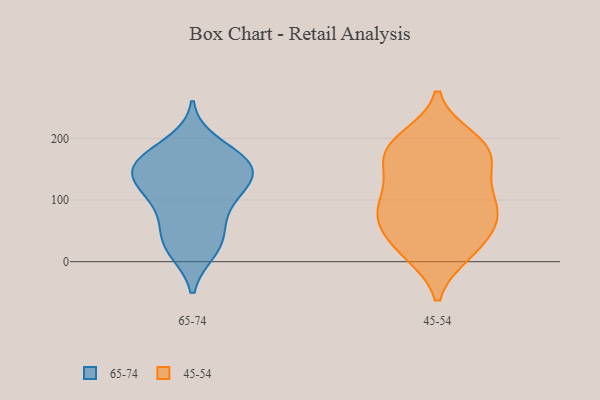
{"axis": {"x": "Churn Rate (%)", "y": "Value"}, "legend": ["45-54", "65-74"], "data": [{"x": "", "y": 18, "type": "65-74"}, {"x": "", "y": 160, "type": "65-74"}, {"x": "", "y": 43, "type": "65-74"}, {"x": "", "y": 126, "type": "65-74"}, {"x": "", "y": 99, "type": "65-74"}, {"x": "", "y": 165, "type": "65-74"}, {"x": "", "y": 156, "type": "65-74"}, {"x": "", "y": 142, "type": "65-74"}, {"x": "", "y": 114, "type": "65-74"}, {"x": "", "y": 165, "type": "65-74"}, {"x": "", "y": 79, "type": "65-74"}, {"x": "", "y": 192, "type": "65-74"}, {"x": "", "y": 124, "type": "65-74"}, {"x": "", "y": 18, "type": "65-74"}, {"x": "", "y": 154, "type": "65-74"}, {"x": "", "y": 47, "type": "65-74"}, {"x": "", "y": 82, "type": "45-54"}, {"x": "", "y": 14, "type": "45-54"}, {"x": "", "y": 115, "type": "45-54"}, {"x": "", "y": 62, "type": "45-54"}, {"x": "", "y": 16, "type": "45-54"}, {"x": "", "y": 170, "type": "45-54"}, {"x": "", "y": 132, "type": "45-54"}, {"x": "", "y": 178, "type": "45-54"}, {"x": "", "y": 98, "type": "45-54"}, {"x": "", "y": 163, "type": "45-54"}, {"x": "", "y": 182, "type": "45-54"}, {"x": "", "y": 70, "type": "45-54"}, {"x": "", "y": 192, "type": "45-54"}, {"x": "", "y": 56, "type": "45-54"}, {"x": "", "y": 86, "type": "45-54"}, {"x": "", "y": 199, "type": "45-54"}, {"x": "", "y": 23, "type": "45-54"}]}